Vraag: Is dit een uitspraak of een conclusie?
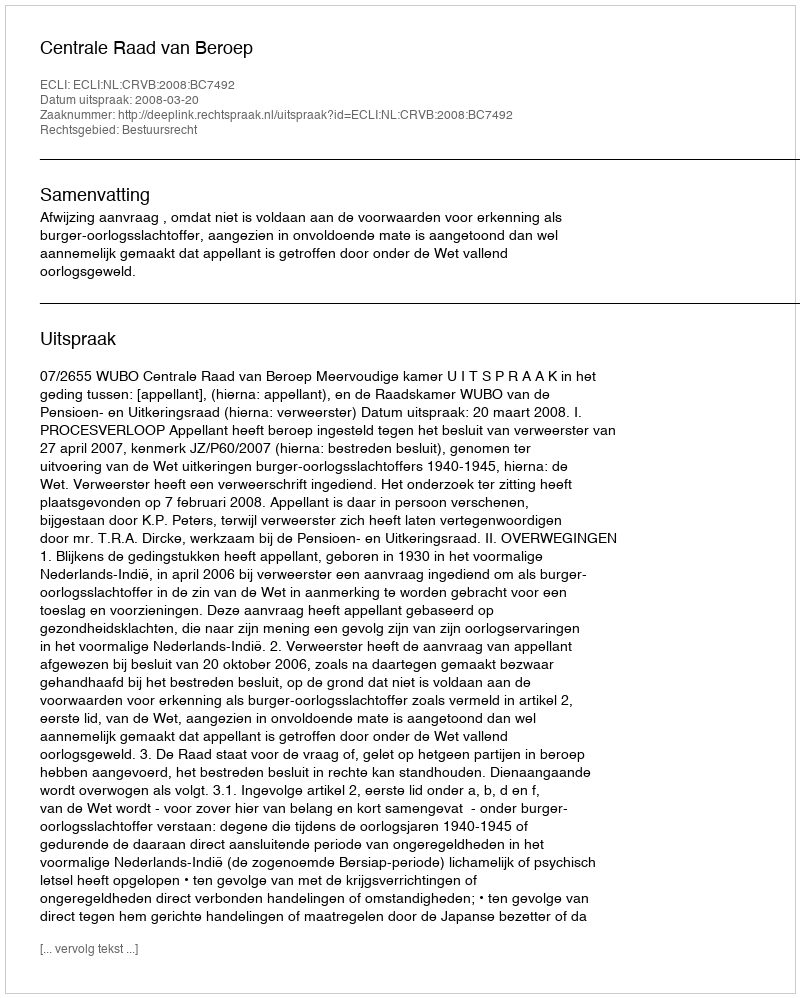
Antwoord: Uitspraak